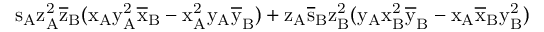
\mathrm { s _ { A } \mathrm { z _ { A } ^ { 2 } \mathrm { \overline { { z } } _ { B } ( \mathrm { x _ { A } \mathrm { y _ { A } ^ { 2 } \mathrm { \overline { { x } } _ { B } - \mathrm { x _ { A } ^ { 2 } \mathrm { y _ { A } \mathrm { \overline { { y } } _ { B } ) + \mathrm { z _ { A } \mathrm { \overline { { s } } _ { B } \mathrm { z _ { B } ^ { 2 } ( \mathrm { y _ { A } \mathrm { x _ { B } ^ { 2 } \mathrm { \overline { { y } } _ { B } - \mathrm { x _ { A } \mathrm { \overline { { x } } _ { B } \mathrm { y _ { B } ^ { 2 } ) } } } } } } } } } } } } } } } } } }